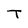
Character: T